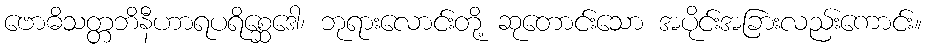
ဗောဓိသတ္တဘိနီဟာရပရိစ္ဆေဒေါ၊ ဘုရားလောင်းတို့ ဆုတောင်းသော အပိုင်းအခြားလည်းကောင်း။